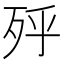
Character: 𣧯